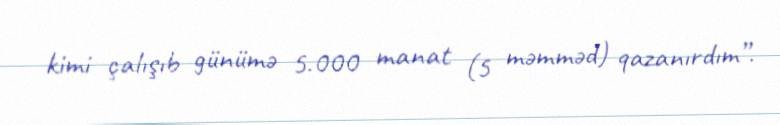
kimi çalışıb günümə 5.000 manat (5 məmməd) qazanırdım”.